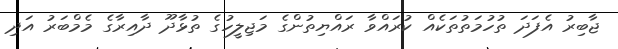
ޖާބިރު އެފަދަ ތުހުމަތުތަކެއް ކުރައްވާ ރައްޔިތުންގެ މަޖިލީހުގެ ތުޅާދޫ ދާއިރާގެ މެމްބަރު އަދި